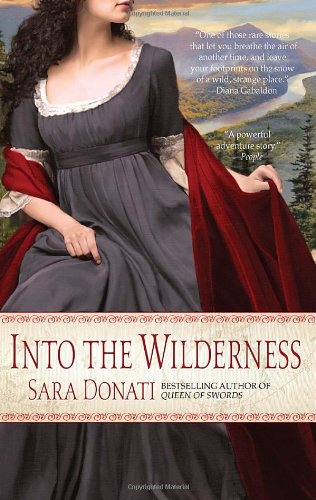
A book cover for Into the Wilderness; Sara Donati; Romance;